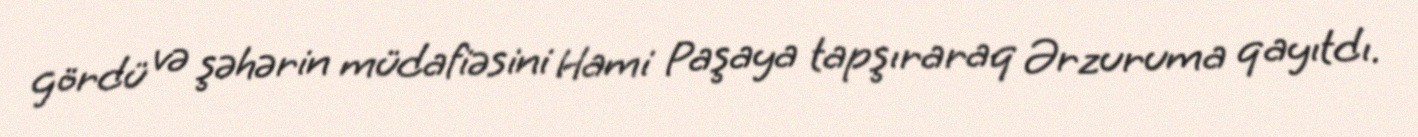
gördü və şəhərin müdafiəsini Hami Paşaya tapşıraraq Ərzuruma qayıtdı.